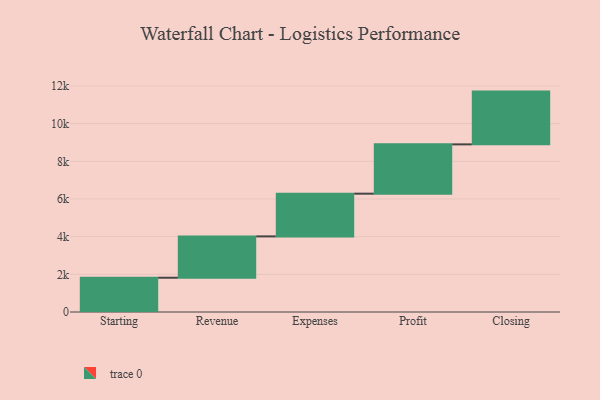
{"axis": {"x": "Step", "y": "Value"}, "legend": [""], "data": [{"x": "Starting", "y": 1820.0, "type": ""}, {"x": "Revenue", "y": 2194.0, "type": ""}, {"x": "Expenses", "y": 2268.0, "type": ""}, {"x": "Profit", "y": 2618.0, "type": ""}, {"x": "Closing", "y": 2801.0, "type": ""}]}